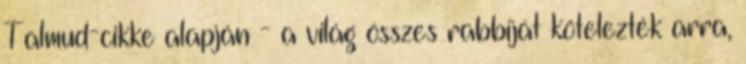
Talmud-cikke alapján - a világ összes rabbiját kötelezték arra,